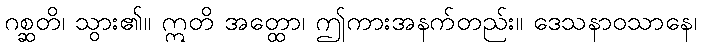
ဂစ္ဆတိ၊ သွား၏။ ဣတိ အတ္ထော၊ ဤကားအနက်တည်း။ ဒေသနာဝသာနေ၊